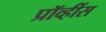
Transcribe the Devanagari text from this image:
प्रॉव्हींस